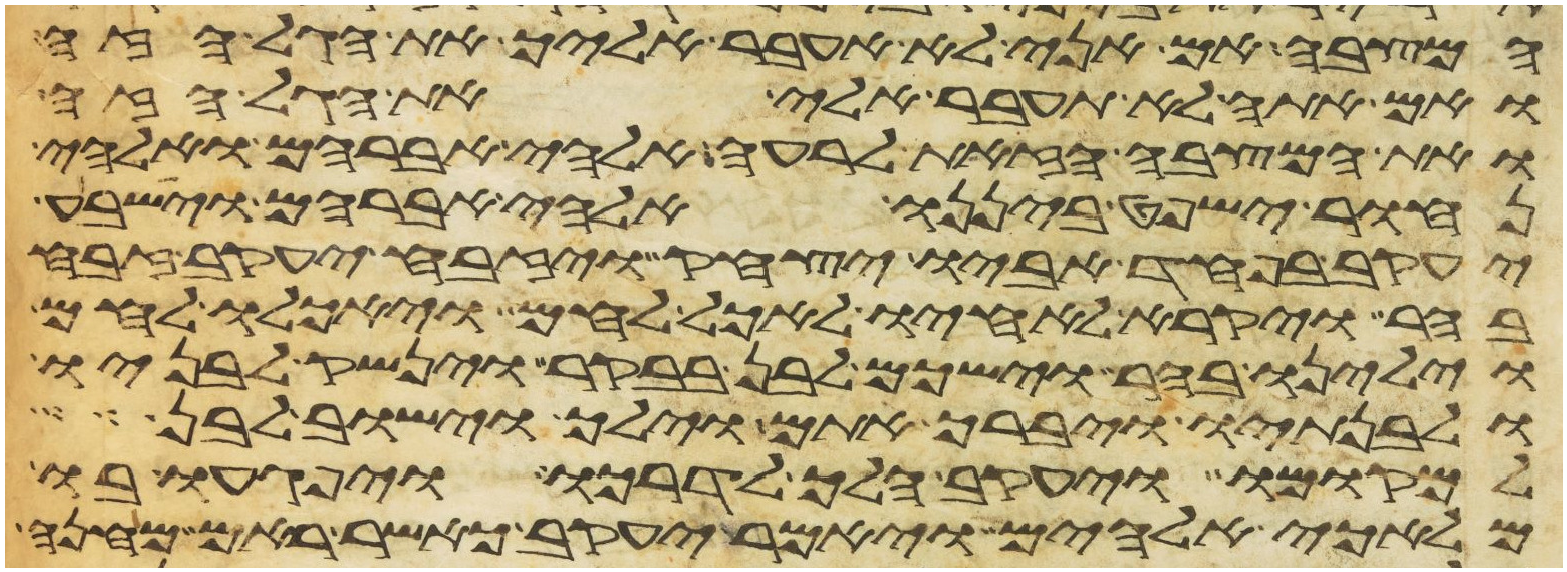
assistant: המצבה אם אני לא אעבר אליך את הגל הזה
ואם אתה לא תעבר אלי את הגל הזה
ואת המצבה הזאת לרעה אלהי אברהם ואלהי
נחור ישפט ביננו אלהי אברהם וישבע
יעקב בפחד אביו יצחק ויזבח יעקב זבח
בהר ויקרא לאחיו לאכל לחם ויאכלו לחם
וילינו בהר וישכם לבן בבקר וינשק לבניו
ולבנתיו ויברך אתם וילך וישב לבן
למקומו ויעקב הלך לדרכו ויפגעו בו
מלאכי אלהים ויאמר יעקב כאשר ראם מחנה